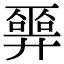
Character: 𢍮